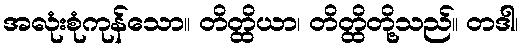
အလုံးစုံကုန်သော။ တိတ္ထိယာ၊ တိတ္ထိတို့သည်။ တဒါ၊